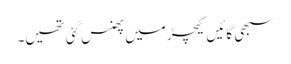
سبھی گائیں کیچڑ میں پھنس گئی تھیں۔